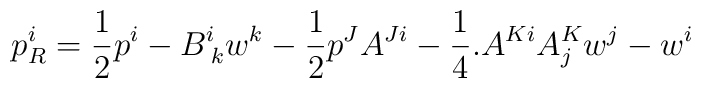
p_{R}^{i} =  \frac{1}{2}p^{i} - B_{\;k}^{i}w^{k}   - \frac{1}{2} p^{J}A^{Ji} - \frac{1}{4}.       A^{Ki}A^{K}_{j}w^{j} - w^{i}